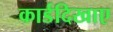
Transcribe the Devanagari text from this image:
कार्डदिखाए